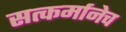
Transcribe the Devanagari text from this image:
सत्कर्मानेच